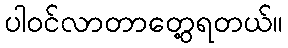
ပါဝင်လာတာတွေ့ရတယ်။